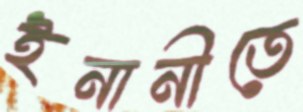
ইনানীতে